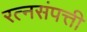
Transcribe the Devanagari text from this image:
रत्नसंपत्ती